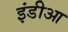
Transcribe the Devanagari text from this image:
इंडीआ